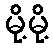
မို့မို့